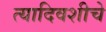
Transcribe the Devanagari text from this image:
त्यादिवशीचे